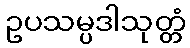
ဥပသမ္ပဒါသုတ္တံ